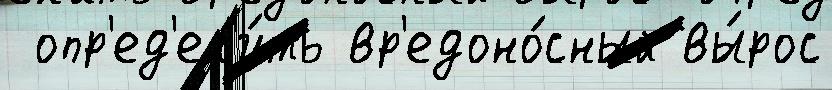
 опр'ед'ел'и́ть вр'едоно́сный вы́рос